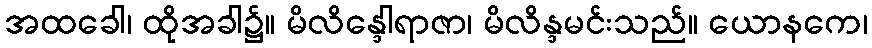
အထခေါ၊ ထိုအခါ၌။ မိလိန္ဒေါရာဇာ၊ မိလိန္ဒမင်းသည်။ ယောနကေ၊